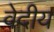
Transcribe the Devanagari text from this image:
वेदीय